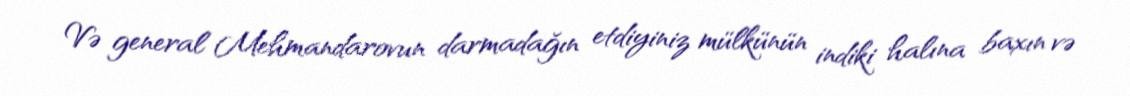
Və general Mehmandarovun darmadağın etdiyiniz mülkünün indiki halına baxın və